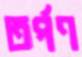
তর্পণ